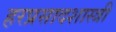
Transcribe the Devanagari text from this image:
हरप्रसादशास्त्री